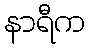
နာရီက